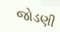
જોડણી